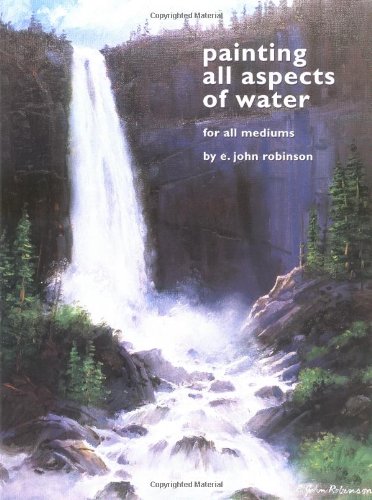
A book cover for Painting All Aspects of Water for All Mediums; E. John Robinson; Arts & Photography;